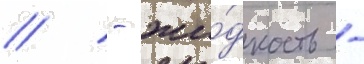
// - жи́дкость -